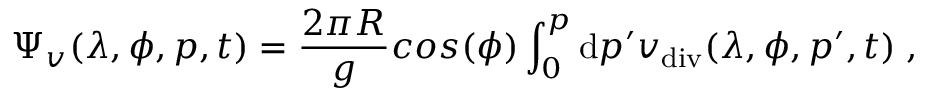
\Psi _ { v } ( \lambda , \phi , p , t ) = \frac { 2 \pi R } { g } c o s ( \phi ) \int _ { 0 } ^ { p } \mathrm { d } p ^ { \prime } v _ { \mathrm { d i v } } ( \lambda , \phi , p ^ { \prime } , t ) \; ,